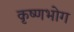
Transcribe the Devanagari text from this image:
कृष्णभोग